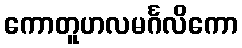
ကောတူဟလမင်္ဂလိကော